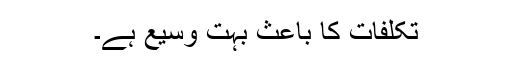
تکلّفات کا باعث بہت وسیع ہے۔